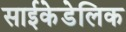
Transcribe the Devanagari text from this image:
साईकेडेलिक